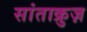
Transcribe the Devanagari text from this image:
सांताक्रुज़